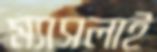
ম্যাসলাই